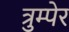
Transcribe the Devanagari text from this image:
त्रुम्पेर